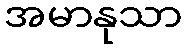
အမာနုသာ